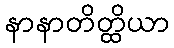
နာနာတိတ္ထိယာ